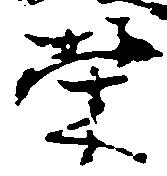
栄